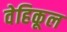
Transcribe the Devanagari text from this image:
वेहिकूल